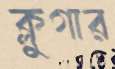
ক্লুগার